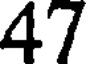
47